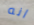
انه